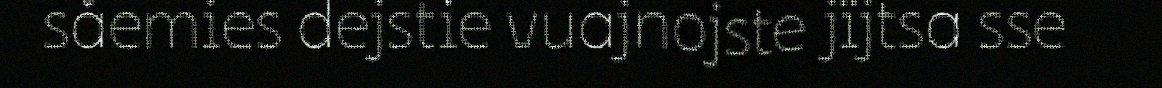
såemies dejstie vuajnojste jïjtsa sse